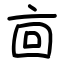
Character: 㐭